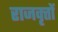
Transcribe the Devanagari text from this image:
राजवृत्तों